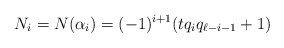
\begin{align*} N_i=N(\alpha_i)=(-1)^{i+1}(tq_iq_{\ell-i-1}+1) \end{align*}